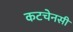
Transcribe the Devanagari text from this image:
कटचेनसी